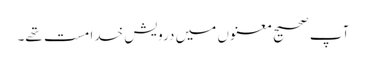
آپ صحیح معنوں میں درویشِ خدا مست تھے۔